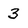
Character: 3